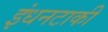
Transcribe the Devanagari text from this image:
इंधनटाकी